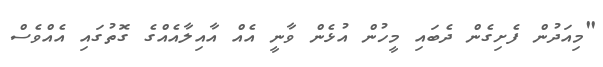
"މިއަދުން ފެށިގެން ދެބައި މީހުން އުޅެން ވާނީ އެއް އާއިލާއެއްގެ ގޮތުގައި އެއްވެސް